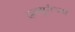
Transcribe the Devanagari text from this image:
दत्तगुरूंच्या